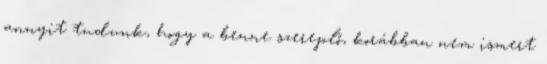
annyit tudunk, hogy a benne szereplő, korábban nem ismert